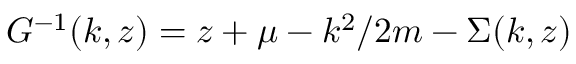
G ^ { - 1 } ( k , z ) = z + \mu - k ^ { 2 } / 2 m - \Sigma ( k , z )